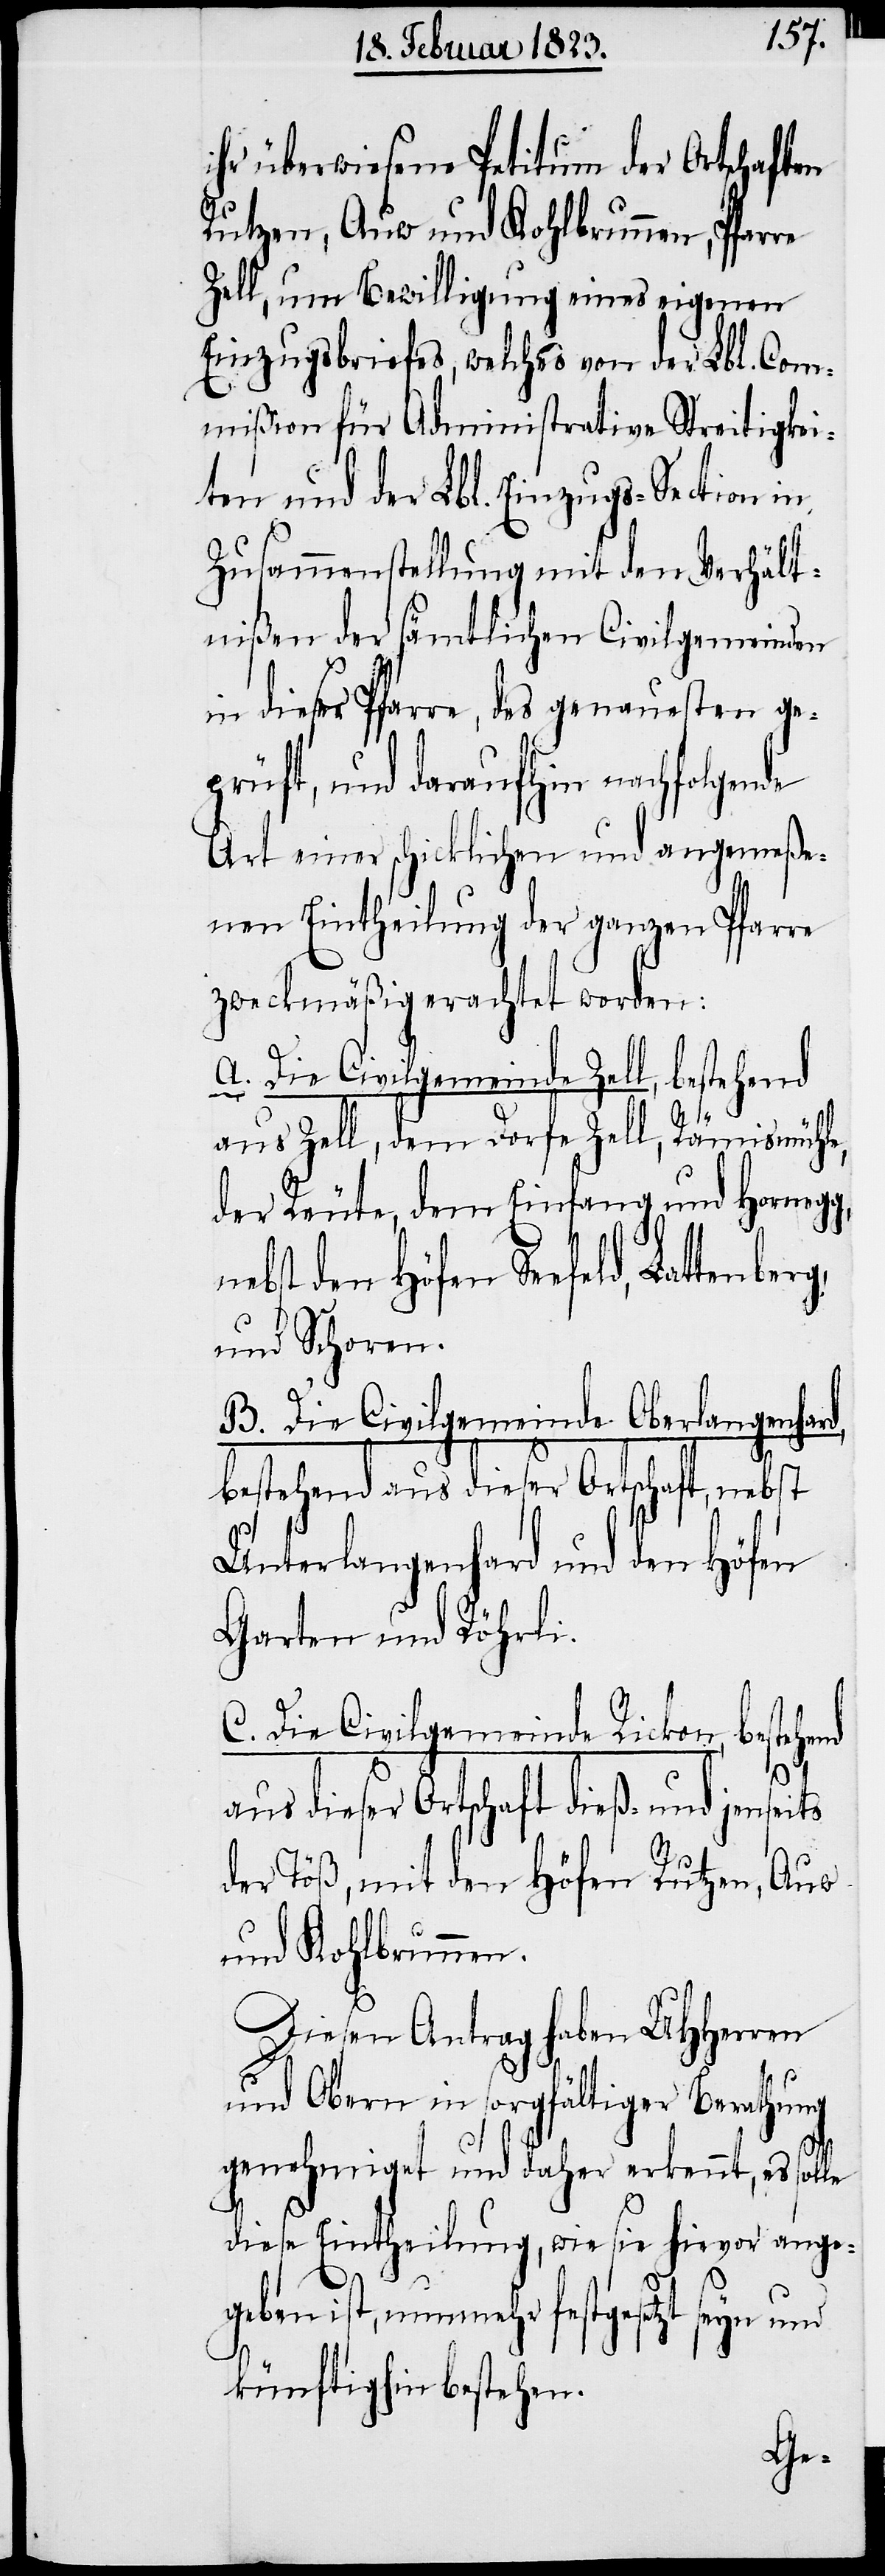
ihr überwiesene Petitum der Ortschaften
Rutzen, Auw und Kohlbrunnen, Pfar¬
Zell, um Bewilligung eines eigenen
Einzugsbriefes, welches von der Lbl. Com¬
mißion für Administrative Streitigkei¬
ten und der Lbl. Einzugs-Section in
Zusammenstellung mit den Verhält¬
nißen der sämtlichen Civilgemeinden
in dieser Pfarre, des genauesten ge¬
prüft, und daraufhin nachfolgende
Art einer schicklichen und angemeße¬
nen Eintheilung der ganzen Pfarre
zweckmäßig erachtet worden:
A. Die Civilgemeinde Zell, bestehend
und
aus Zell, dem Dorfe Zell, Rämismühle,
der Reute, dem Einfang und Hornegg,
nebst den Höfen Seefeld, Lattenb¬
und Schoren.
B. Die Civilgemeinde Oberlangenhar¬
bestehend aus dieser Ortschaft dieß-
Unterlangenhard und den Höfen
Garten und Röhrli.
C. Die Civilgemeinde Rickon,
st
der Töß, mit den Höfen Rutzen, Auw
und Kohlbrunnen.
Diesen Antrag haben UHHerren
und Obern in sorgfältiger Berathung
genehmiget und daher erkennt, es solle
diese Eintheilung, wie sie hievor ange¬
geben ist, nunmehr festgesetzt seyn und
künftighin bestehen.